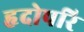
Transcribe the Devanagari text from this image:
हृदोपरि